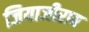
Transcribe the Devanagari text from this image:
जियाजीराव